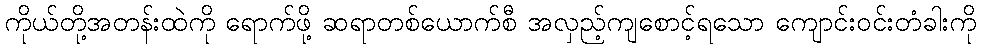
ကိုယ်တို့အတန်းထဲကို ရောက်ဖို့ ဆရာတစ်ယောက်စီ အလှည့်ကျစောင့်ရသော ကျောင်းဝင်းတံခါးကို